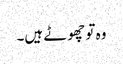
وہ تو چھوٹے ہیں۔